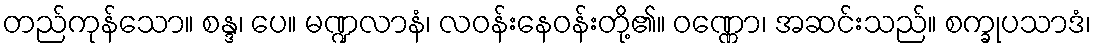
တည်ကုန်သော။ စန္ဒ၊ ပေ။ မဏ္ဍလာနံ၊ လဝန်းနေဝန်းတို့၏။ ဝဏ္ဏော၊ အဆင်းသည်။ စက္ခုပသာဒံ၊